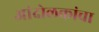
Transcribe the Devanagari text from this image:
आंदोलकांचा